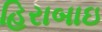
હિરાબાઇ